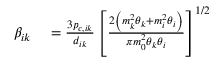
\begin{array} { r l } { \beta _ { i k } } & { { } = \frac { 3 p _ { c , i k } } { d _ { i k } } \left[ \frac { 2 \left( m _ { k } ^ { 2 } \theta _ { k } + m _ { i } ^ { 2 } \theta _ { i } \right) } { \pi m _ { 0 } ^ { 2 } \theta _ { k } \theta _ { i } } \right] ^ { 1 / 2 } } \end{array}